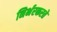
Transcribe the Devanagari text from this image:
निर्भरकरते